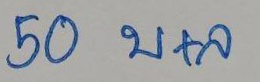
50 บ+ล